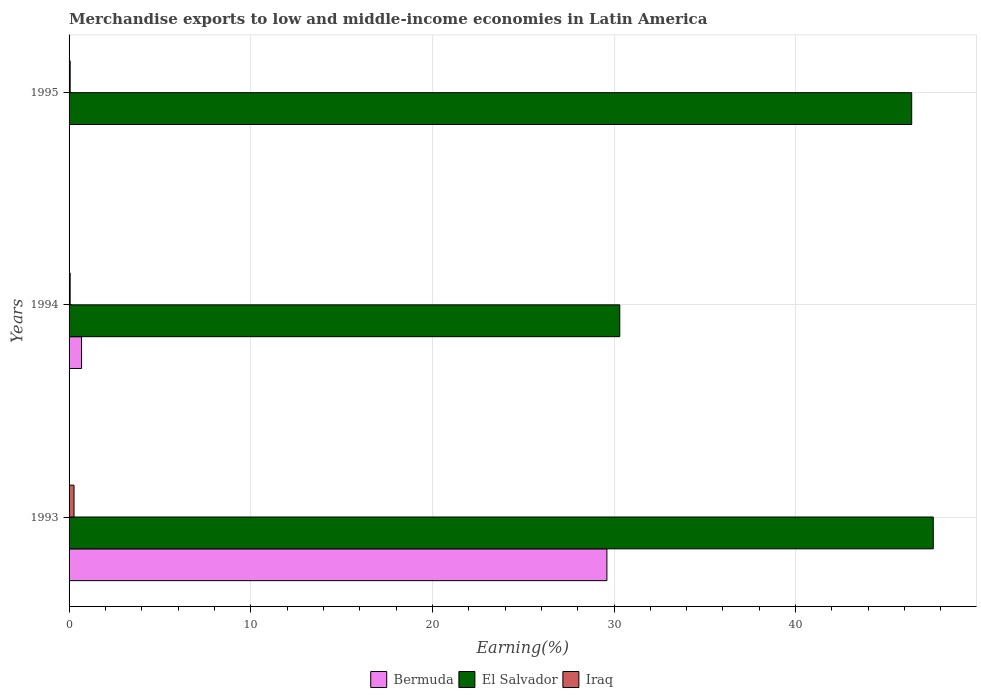
| Years | Bermuda | El Salvador | Iraq |
 | --- | --- | --- | --- |
 | 1993 | 29.6 | 47.6 | 0.273 |
 | 1994 | 0.687 | 30.3 | 0.0601 |
 | 1995 | 8.26e-05 | 46.4 | 0.0607 |